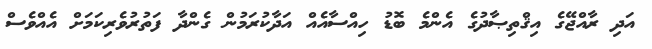
އަދި ރާއްޖޭގެ އިޤްތިޞާދުގެ އެންމެ ބޮޑު ހިއްސާއެއް އަދާކުރަމުން ގެންދާ ފަތުރުވެރިކަމަށް އެއްވެސް